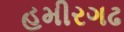
હમીરગઢ